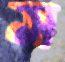
স